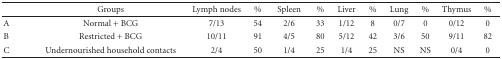
<table><thead><tr><td></td><td><b>Groups</b></td><td><b>Lymph nodes</b></td><td><b>%</b></td><td><b>Spleen</b></td><td><b>%</b></td><td><b>Liver</b></td><td><b>%</b></td><td><b>Lung</b></td><td><b>%</b></td><td><b>Thymus</b></td><td><b>%</b></td></tr></thead><tbody><tr><td>A</td><td>Normal + BCG</td><td>7/13</td><td>54</td><td>2/6</td><td>33</td><td>1/12</td><td>8</td><td>0/7</td><td>0</td><td>0/12</td><td>0</td></tr><tr><td>B</td><td>Restricted + BCG</td><td>10/11</td><td>91</td><td>4/5</td><td>80</td><td>5/12</td><td>42</td><td>3/6</td><td>50</td><td>9/11</td><td>82</td></tr><tr><td>C</td><td>Undernourished household contacts</td><td>2/4</td><td>50</td><td>1/4</td><td>25</td><td>1/4</td><td>25</td><td>NS</td><td>NS</td><td>0/4</td><td>0</td></tr></tbody></table>